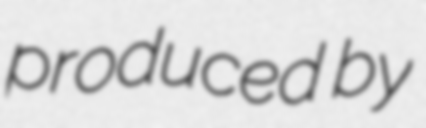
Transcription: produced by